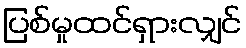
ပြစ်မှုထင်ရှားလျှင်